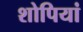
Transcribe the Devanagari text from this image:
शोपियां